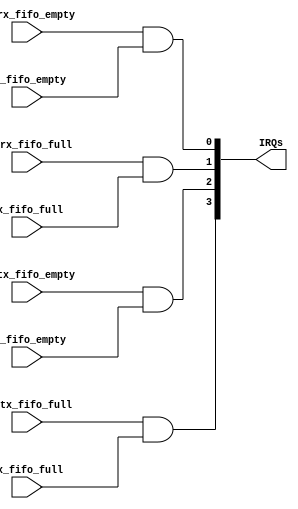
`timescale 1ns/10ps


module UART_Interrupt (input wire        en_rx_fifo_empty,
                       input wire        en_rx_fifo_full,
                       input wire        en_tx_fifo_empty,
                       input wire        en_tx_fifo_full,
                       input wire        rx_fifo_empty,
                       input wire        rx_fifo_full,
                       input wire        tx_fifo_empty,
                       input wire        tx_fifo_full,
                       output wire [3:0] IRQs);

assign IRQs[0] = en_rx_fifo_empty & rx_fifo_empty;
assign IRQs[1] = en_rx_fifo_full & rx_fifo_full;
assign IRQs[2] = en_tx_fifo_empty & tx_fifo_empty;
assign IRQs[3] = en_tx_fifo_full & tx_fifo_full;

endmodule